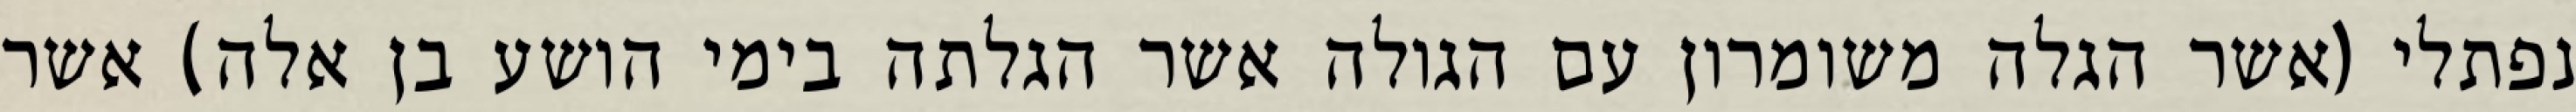
נפתלי (אשר הגלה משומרון עם הגולה אשר הגלתה בימי הושע בן אלה) אשר